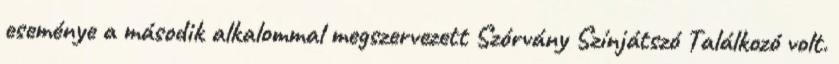
eseménye a második alkalommal megszervezett Szórvány Színjátszó Találkozó volt.